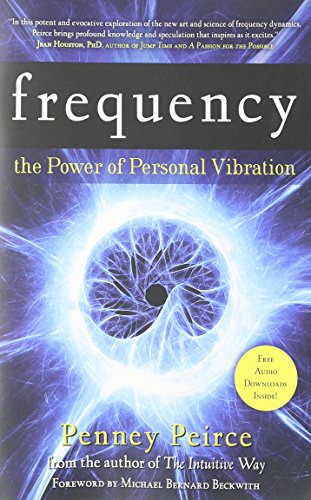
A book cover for Frequency: The Power of Personal Vibration; Penney Peirce; Religion & Spirituality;